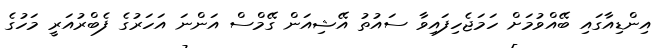
އިންޑިއާގައި ބޭއްވުމަށް ހަމަޖެހިފައިވާ ސައުތު އޭޝިއަން ގޭމްސް އަންނަ އަހަރުގެ ފެބްރުއަރީ މަހުގެ